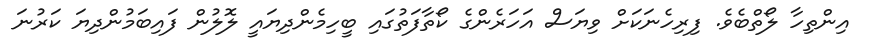
އިންތިހާ ލޯތްބެވެ. ފިރިހެނަކަށް ވިޔަސް އަހަރެންގެ ކޯތާފަތުގައި ބީހިމެންދިޔައީ ލޮލުން ފައިބަމުންދިޔަ ކަރުނަ